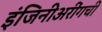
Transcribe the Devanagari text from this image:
इंजिनीअरींगची